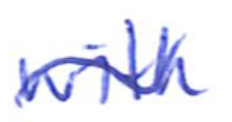
Text: with
Cross-out: wave
Writing tool: ballpoint